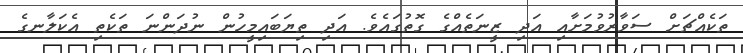
ތަކެއްޗަށް ސަވާރުވުމަށާއި އަދި ޒީނަތެއްގެ ގޮތުގައެވެ. އަދި ތިޔަބައިމީހުން ނުދަންނަ ތަކެތި އެކަލާނގެ